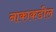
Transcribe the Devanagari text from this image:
नाकाकडील